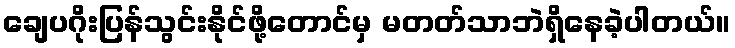
ချေပဂိုးပြန်သွင်းနိုင်ဖို့တောင်မှ မတတ်သာဘဲရှိနေခဲ့ပါတယ်။